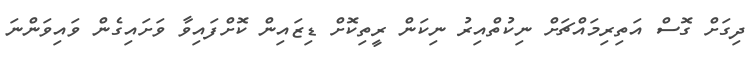
ދިގަށް ގޮސް އަތިރިމައްޗަށް ނިކުތްއިރު ނިކަން ރީތިކޮށް ޑިޒައިން ކޮށްފައިވާ ވަށައިގެން ވައިވަންނަ